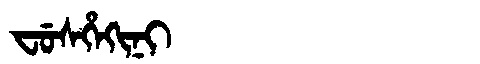
Manchu: ᠸᡠᠰᡥᡝᡴᡳᠨᡳ
Romanization: FUSHEKINI